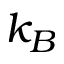
k _ { B }